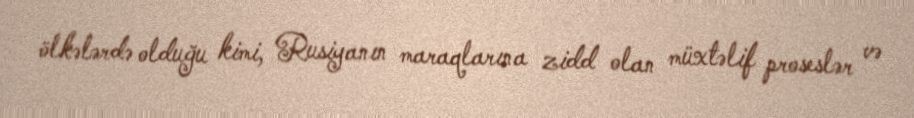
ölkələrdə olduğu kimi, Rusiyanın maraqlarına zidd olan müxtəlif proseslər və